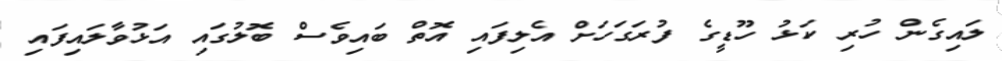
ލައިގެން ހުރި ކަޅު ހޫޑީގެ ފުރަގަހަށް އެލިފައި އޮތް ބައިވެސް ބޮލުގައި އަޅުވާލައިފައި